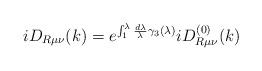
LaTeX: \begin{align*}iD_{R\mu \nu }(k)=e^{\int_1^\lambda \frac{d\lambda }\lambda \gamma_3(\lambda )}iD_{R\mu \nu }^{(0)}(k)\end{align*}